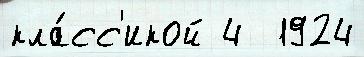
кла́сс'икой 4  1924